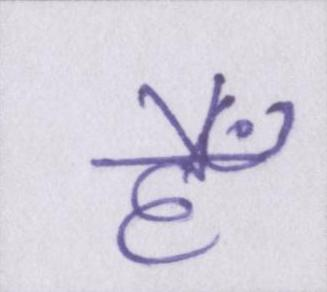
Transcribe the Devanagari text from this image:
हैँ